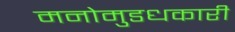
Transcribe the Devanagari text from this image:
मनोमुडधकारी